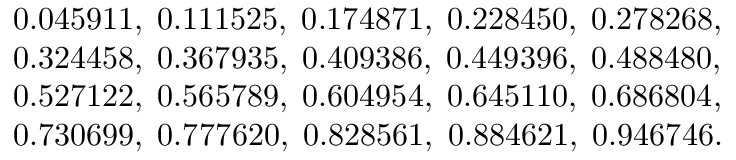
\begin{array} { r l } & { 0 . 0 4 5 9 1 1 , \; 0 . 1 1 1 5 2 5 , \; 0 . 1 7 4 8 7 1 , \; 0 . 2 2 8 4 5 0 , \; 0 . 2 7 8 2 6 8 , } \\ & { 0 . 3 2 4 4 5 8 , \; 0 . 3 6 7 9 3 5 , \; 0 . 4 0 9 3 8 6 , \; 0 . 4 4 9 3 9 6 , \; 0 . 4 8 8 4 8 0 , } \\ & { 0 . 5 2 7 1 2 2 , \; 0 . 5 6 5 7 8 9 , \; 0 . 6 0 4 9 5 4 , \; 0 . 6 4 5 1 1 0 , \; 0 . 6 8 6 8 0 4 , } \\ & { 0 . 7 3 0 6 9 9 , \; 0 . 7 7 7 6 2 0 , \; 0 . 8 2 8 5 6 1 , \; 0 . 8 8 4 6 2 1 , \; 0 . 9 4 6 7 4 6 . } \end{array}